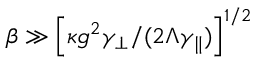
\beta \gg \left[ \kappa g ^ { 2 } \gamma _ { \perp } / ( 2 \Lambda \gamma _ { \parallel } ) \right] ^ { 1 / 2 }